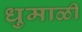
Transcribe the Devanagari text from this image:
धुमाळी